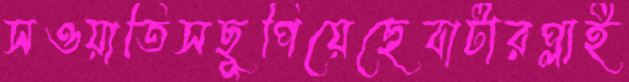
সওয়াতিসছুপিয়েছেবাটারপ্লাই